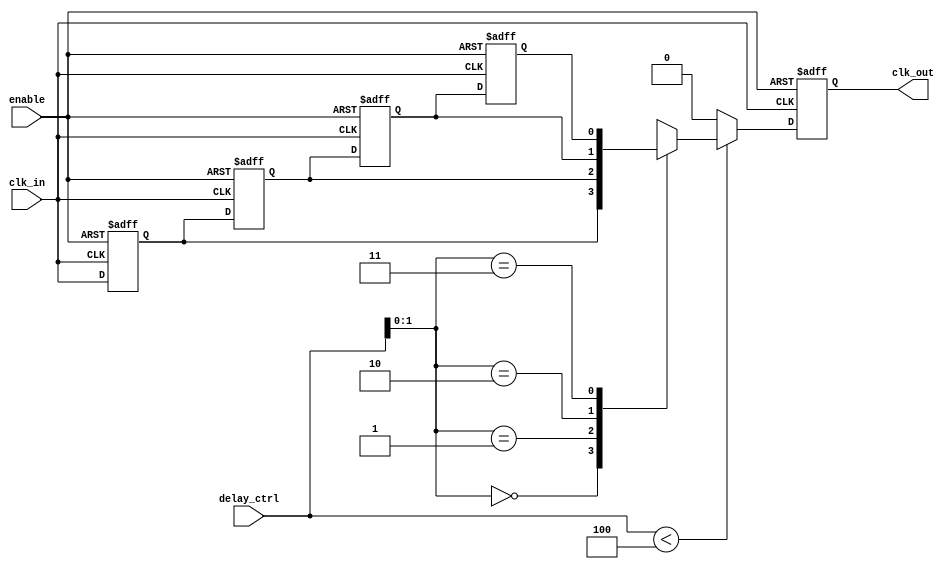
module delay_clock_buffer #(
    parameter DELAY_CYCLES = 4, // Number of clock cycles to delay (configurable)
    parameter WIDTH = 1          // Bit width of the clock signal (1 for single clock)
)(
    input wire clk_in,           // Input clock signal
    input wire enable,           // Enable signal to activate the buffer
    input wire [31:0] delay_ctrl,// Control signal to specify the desired delay
    output reg clk_out           // Output delayed clock signal
);

    // Internal signals
    reg [WIDTH-1:0] delay_line [0:DELAY_CYCLES-1]; // Delay line storage
    integer i;

    // Clock buffering logic
    always @(posedge clk_in or negedge enable) begin
        if (!enable) begin
            // When disabled, output is low
            clk_out <= 1'b0;
            // Clear delay line
            for (i = 0; i < DELAY_CYCLES; i = i + 1) begin
                delay_line[i] <= 1'b0;
            end
        end else begin
            // Shift the clock signal through the delay line
            for (i = DELAY_CYCLES-1; i > 0; i = i - 1) begin
                delay_line[i] <= delay_line[i-1];
            end
            // Load the new clock signal into the first stage of the delay line
            delay_line[0] <= clk_in;

            // Output the delayed clock signal based on the delay control
            if (delay_ctrl < DELAY_CYCLES) begin
                clk_out <= delay_line[delay_ctrl];
            end else begin
                clk_out <= 1'b0; // Default output if control signal is out of range
            end
        end
    end

endmodule